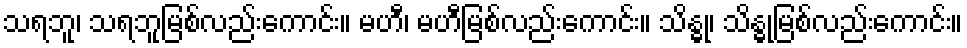
သရဘူ၊ သရဘူမြစ်လည်းကောင်း။ မဟီ၊ မဟီမြစ်လည်းကောင်း။ သိန္ဓု၊ သိန္ဓုမြစ်လည်းကောင်း။